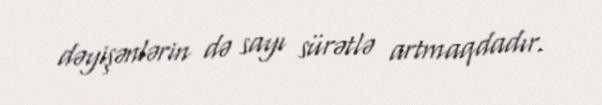
dəyişənlərin də sayı sürətlə artmaqdadır.